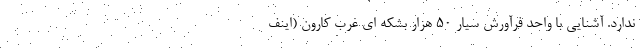
ندارد. آشنایی با واحد فرآورش سیار 50 هزار بشکه ای غرب کارون (اینف